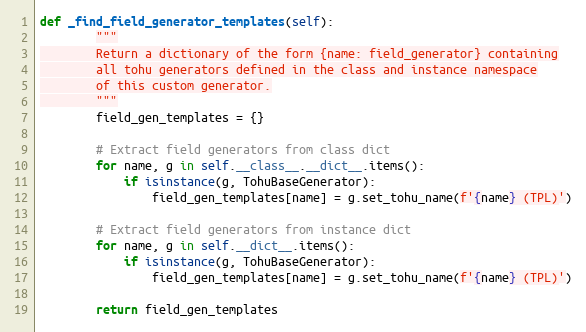
Language: Python
def _find_field_generator_templates(self):
        """
        Return a dictionary of the form {name: field_generator} containing
        all tohu generators defined in the class and instance namespace
        of this custom generator.
        """
        field_gen_templates = {}

        # Extract field generators from class dict
        for name, g in self.__class__.__dict__.items():
            if isinstance(g, TohuBaseGenerator):
                field_gen_templates[name] = g.set_tohu_name(f'{name} (TPL)')

        # Extract field generators from instance dict
        for name, g in self.__dict__.items():
            if isinstance(g, TohuBaseGenerator):
                field_gen_templates[name] = g.set_tohu_name(f'{name} (TPL)')

        return field_gen_templates